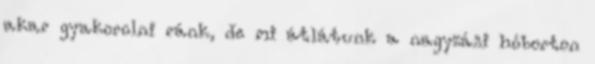
akar gyakorolni ránk, de mi átlátunk a nagyzási hóborton